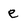
Character: e